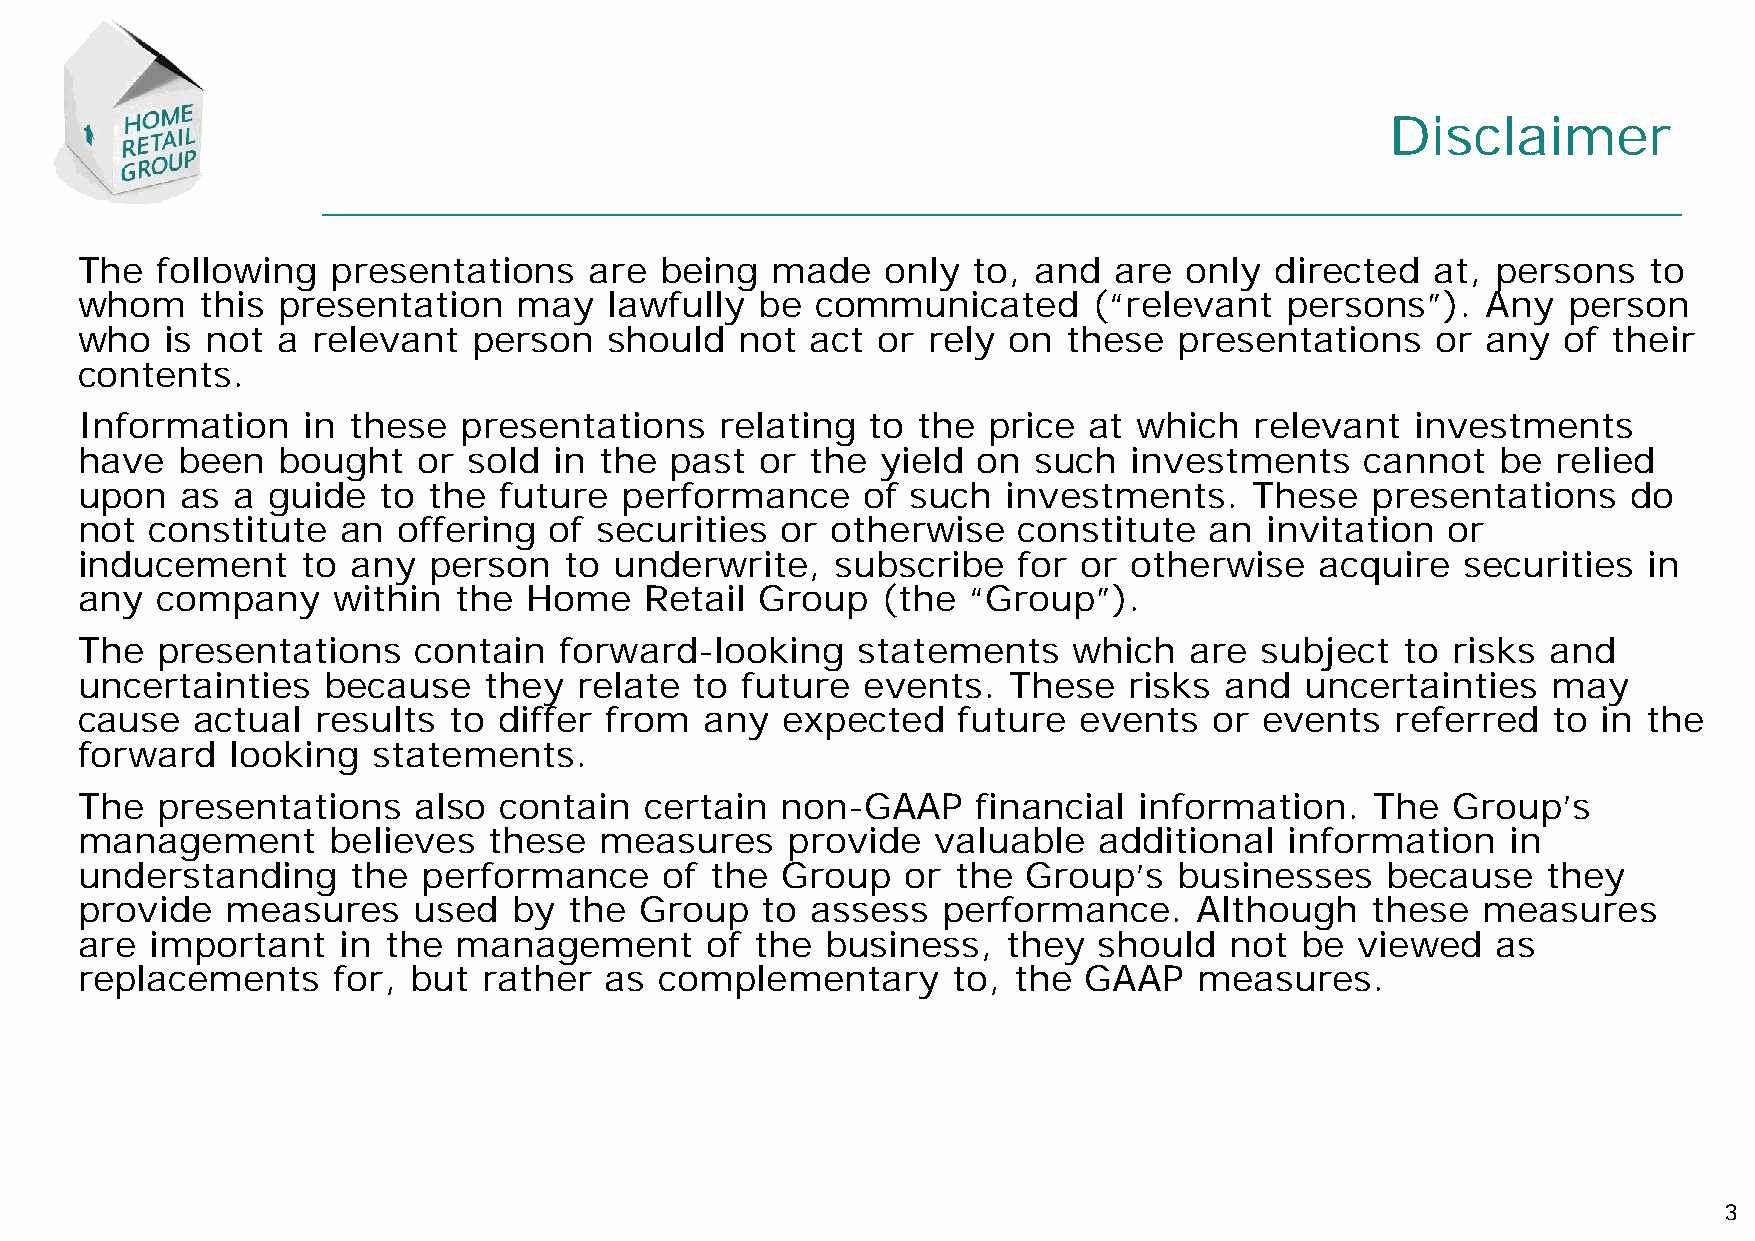
Disclaimer
 The  following   presentations    are  being  made    only to, and   are only  directed   at, persons   to
 whom    this presentation    may   lawfully  be  communicated      (“relevant   persons”).   Any   person
 who   is not a  relevant  person   should   not  act or rely  on  these  presentations    or any   of their
 contents.
 Information    in these  presentations     relating to  the price  at which   relevant   investments
 have   been  bought    or sold  in the past  or  the yield  on such   investments    cannot   be  relied
 upon   as a  guide  to the  future  performance     of such   investments.    These   presentations    do
 not  constitute   an offering  of securities   or otherwise   constitute   an  invitation  or
 inducement     to any  person   to  underwrite,   subscribe   for  or otherwise   acquire   securities  in
 any  company     within  the  Home    Retail Group   (the  “Group”).
 The  presentations    contain   forward-looking     statements    which   are subject   to risks  and
 uncertainties   because    they  relate  to future  events.   These   risks and  uncertainties    may
 cause   actual  results  to differ from   any  expected   future  events   or events   referred   to in the
 forward   looking   statements.
 The  presentations    also  contain   certain  non-GAAP     financial information.    The  Group’s
 management       believes  these   measures    provide   valuable   additional  information    in
 understanding     the  performance     of the  Group   or the  Group’s   businesses    because   they
 provide   measures    used   by  the Group   to  assess  performance.     Although    these  measures
 are  important   in the  management       of the  business,   they  should  not  be  viewed   as
 replacements     for, but  rather  as  complementary      to, the  GAAP   measures.
 3